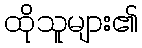
ထိုသူများ၏